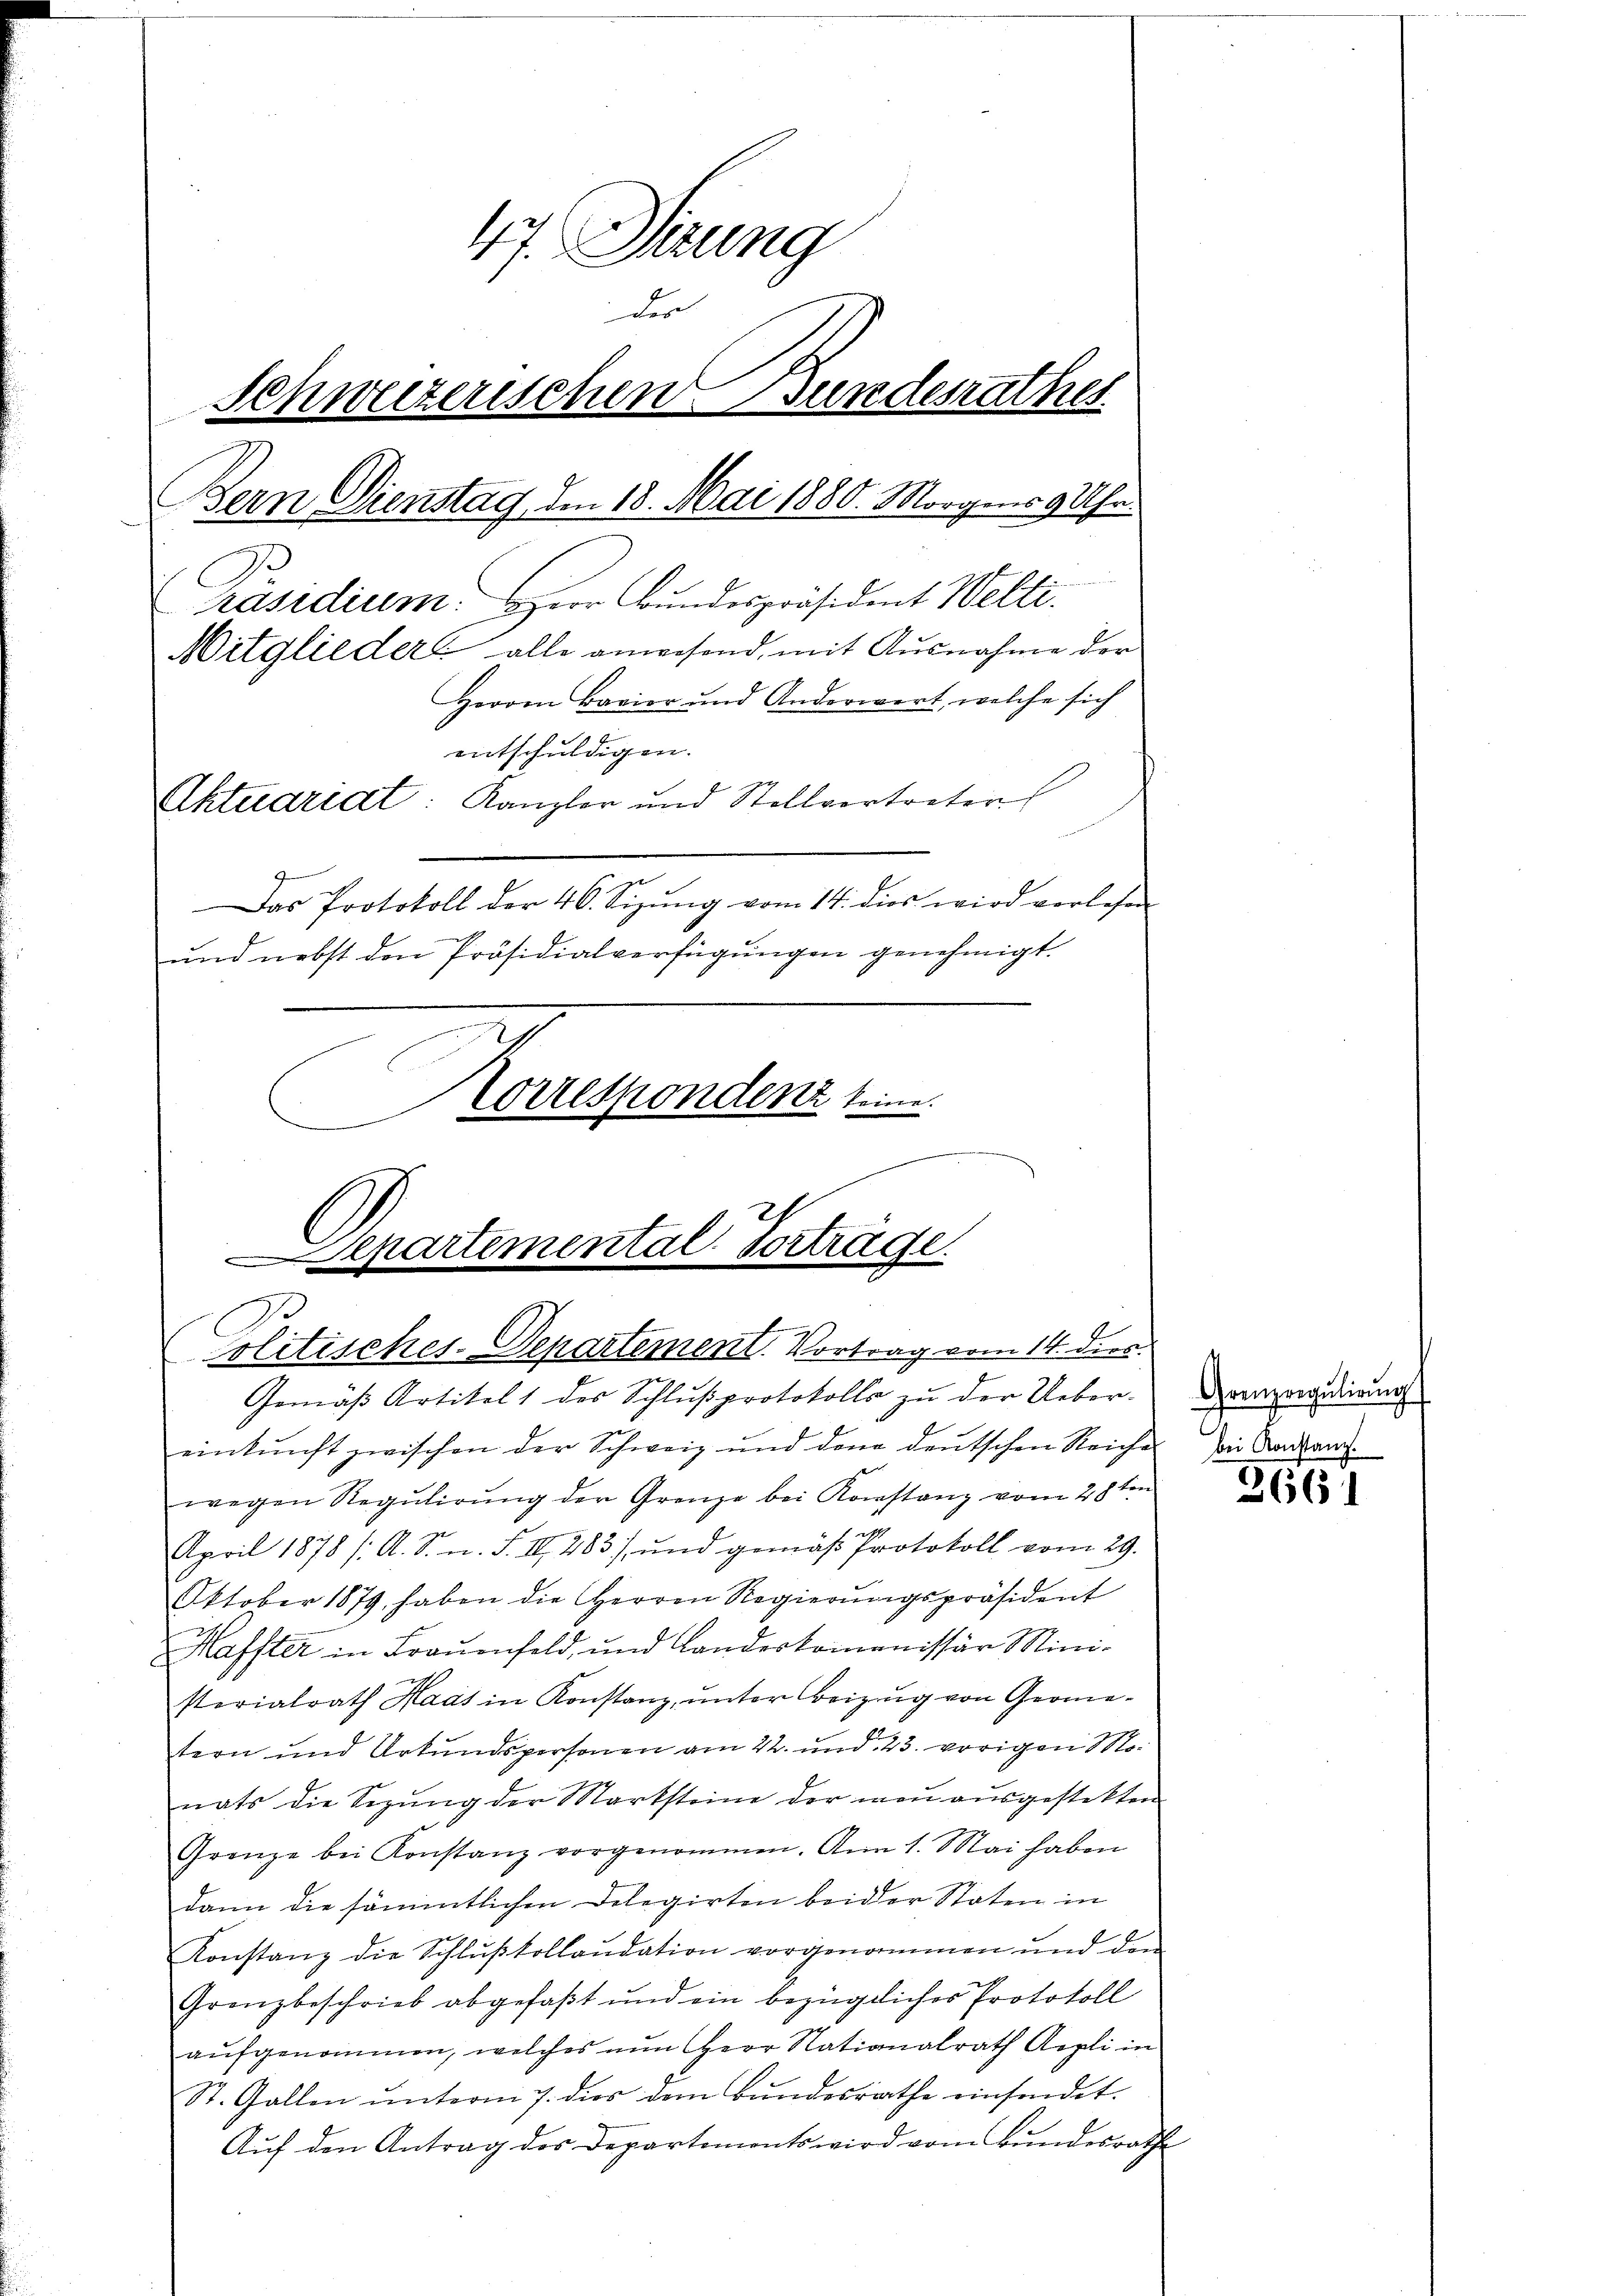
47. Sirung
der
Schweizerischen Bunderathes
Bern Dienstag den 18. Mai 1880. Morgens 9 Uhr.
Präsidium. Herr Bundespräsident Welti.
Mitglieder alle anwesend, mit Ausnahme der
Herren Bavier und Anderwert, welche sich
entschuldigen.
hterariat: Kanzler und Stellvertreter
Das Protokoll der 46. Sizŭng vom 14. dies wird vorlese
und nebst den Präsidialverfügungen genehmigt.
Correspondenz keine

Separtemental. Vortrage.

Politisches-Departement. Vortrag vom 14. ders.
Gemäß Artikel 1 des Schlußprotokolls zu der Uebereinkunft zwischen der Schweiz und dem deutschen Reiche
wegen Regulirung der Grenze bei Konstanz vom 28ten
April 1878 /: A. S. n. F. III 283), und gemäß Protokoll vom 29.
Oktober 1879, haben die Herren Regierungspräsident
Haffter in Fraŭenfeld, und Landeskommissär Mini-
sterialrath Haas in Konstanz, unter Beizung von Geometern und Urkundspersonen am 22. und 23. vorigen Monats die Sizung der Marksteine der neu ausgestekten
Grenze bei Konstanz vorgenommen. Am 1. Mai haben
dann die sämmtlichen Delegirten beider Stoten in
Konstanz die Schlŭβkollaudation vorgenommen und dem
Grenzbeschrieb abgefaßt und ein bezüglicher Protokoll
aufgenommen, welches nun Herr Nationalrath Repli in
St. Gallen ŭnterm 7. dies dem Bŭndesrathe einfindet.
Auf den Antrag der Departements wird vom Bundesrathe

Grenzregulirung
bei Konstanz.

3661